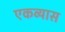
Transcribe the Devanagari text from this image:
एकव्यास